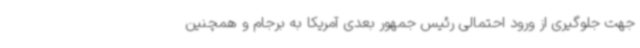
جهت جلوگیری از ورود احتمالی رئیس جمهور بعدی آمریکا به برجام و همچنین